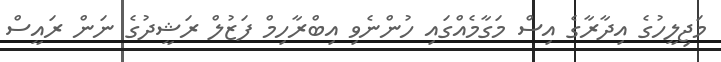
މަޖިލީހުގެ އިދާރާގެ އިސް މަގާމެއްގައި ހުންނެވި އިބްރާހިމް ފަޒުލް ރަޝީދުގެ ނަން ރައީސް